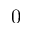
0